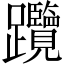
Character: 𨈇